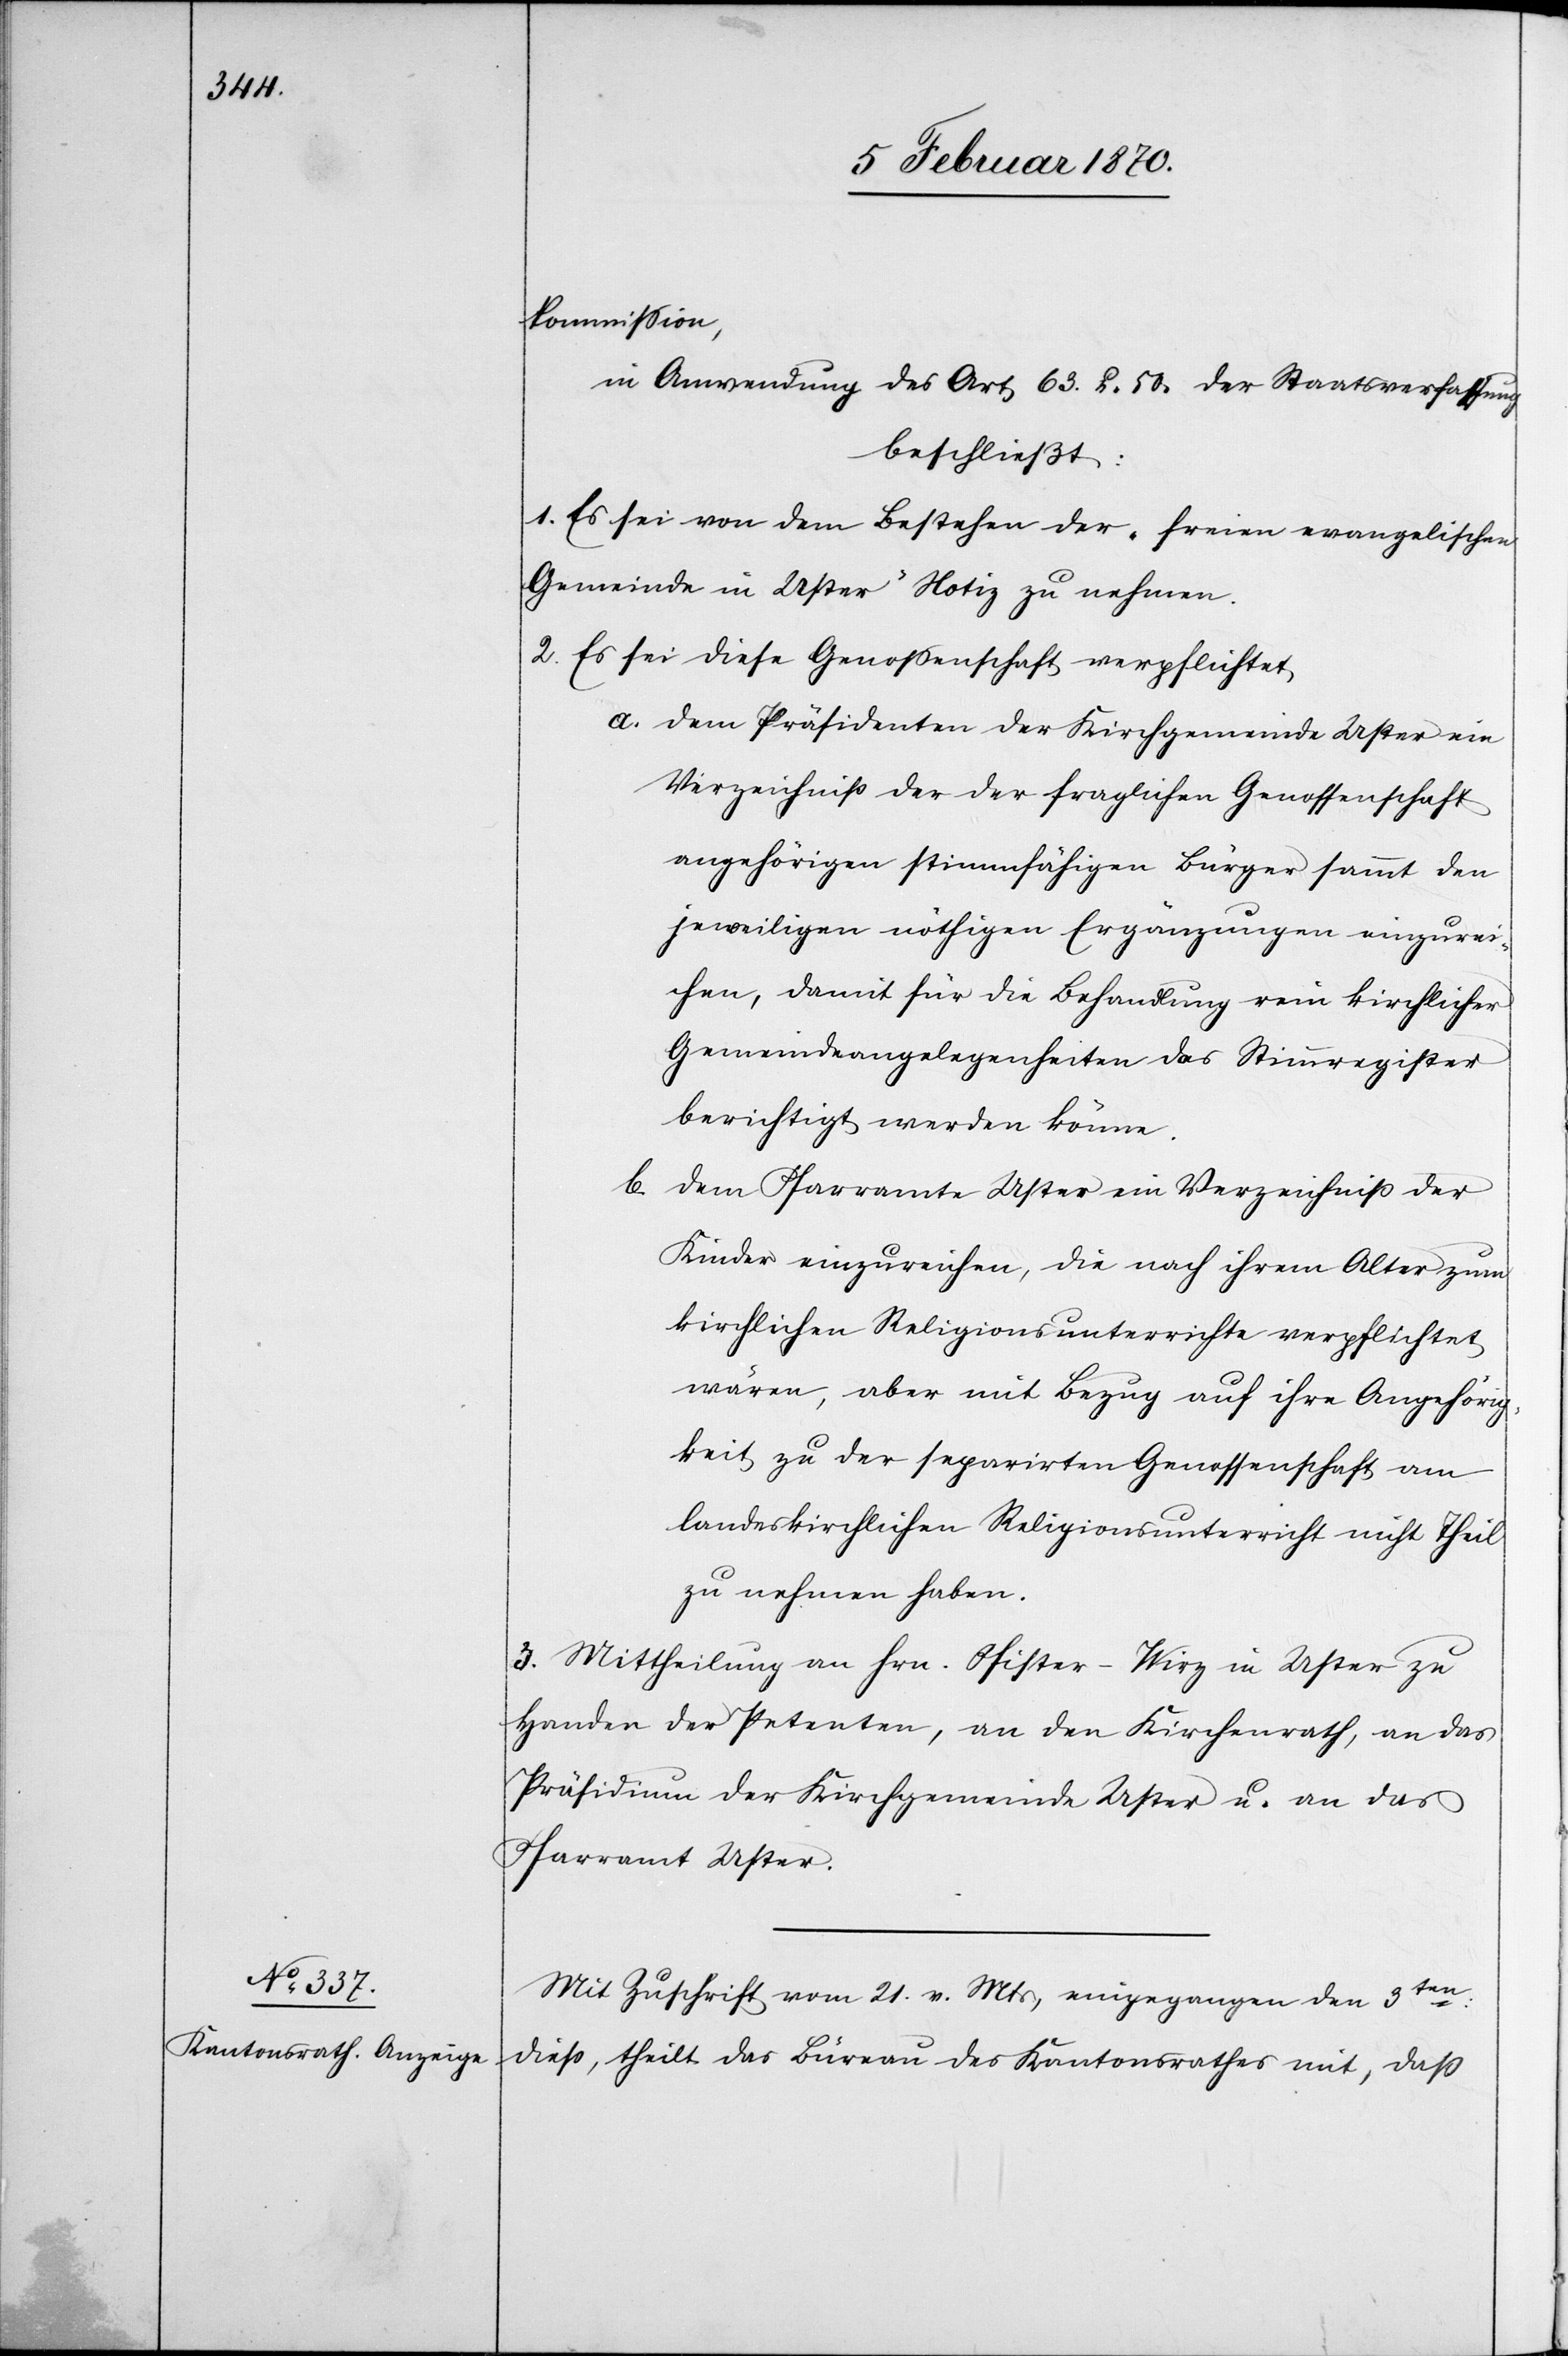
kommission,
in Anwendung des Art 63. u. 50. der Staatsverfassung
beschließt:
1. Es sei von dem Bestehen der „freien evangelischen
Gemeinde in Uster“ Notiz zu nehmen.
2. Es sei diese Genossenschaft verpflichtet
a. dem Präsidenten der Kirchgemeinde Uster ein
Verzeichniß der der fraglichen Genossenschaft
angehörigen stimmfähigen Bürger sammt den
jeweiligen nöthigen Ergänzungen einzurei¬
chen, damit für die Behandlung rein kirchlicher
Gemeindeangelegenheiten das Stimmregister
berichtigt werden könne.
b.
dem Pfarramte Uster ein Verzeichniß der
Kinder einzureichen, die nach ihrem Alter zum
kirchlichen Religionsunterrichte verpflichtet
wären, aber mit Bezug auf ihre Angehörig¬
keit zu der separirten Genossenschaft am
landeskirchlichen Religionsunterricht nicht Theil
zu nehmen haben.
3. Mittheilung an Hrn. Pfister-Wirz in Uster zu
Handen der Petenten, an den Kirchenrath, an das
Präsidium der Kirchgemeinde Uster u. an das
Pfarramt Uster.
Mit Zuschrift vom 21. v. Mts, eingegangen den 3ten:
diess, theilt das Büreau des Kantonsrathes mit, daß